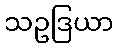
သဥဒြယာ